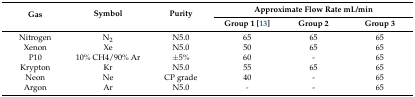
<table><thead><tr><td rowspan="2"><b>Gas</b></td><td rowspan="2"><b>Symbol</b></td><td rowspan="2"><b>Purity</b></td><td colspan="3"><b>Approximate Flow Rate mL/min</b></td></tr><tr><td><b>Group 1 [13]</b></td><td><b>Group 2</b></td><td><b>Group 3</b></td></tr></thead><tbody><tr><td>Nitrogen</td><td>N<sub>2</sub></td><td>N5.0</td><td>65</td><td>65</td><td>65</td></tr><tr><td>Xenon</td><td>Xe</td><td>N5.0</td><td>50</td><td>65</td><td>65</td></tr><tr><td>P10</td><td>10% CH4/90% Ar</td><td>±5%</td><td>60</td><td>-</td><td>65</td></tr><tr><td>Krypton</td><td>Kr</td><td>N5.0</td><td>55</td><td>65</td><td>65</td></tr><tr><td>Neon</td><td>Ne</td><td>CP grade</td><td>40</td><td>-</td><td>65</td></tr><tr><td>Argon</td><td>Ar</td><td>N5.0</td><td><i>-</i></td><td>-</td><td>65</td></tr></tbody></table>